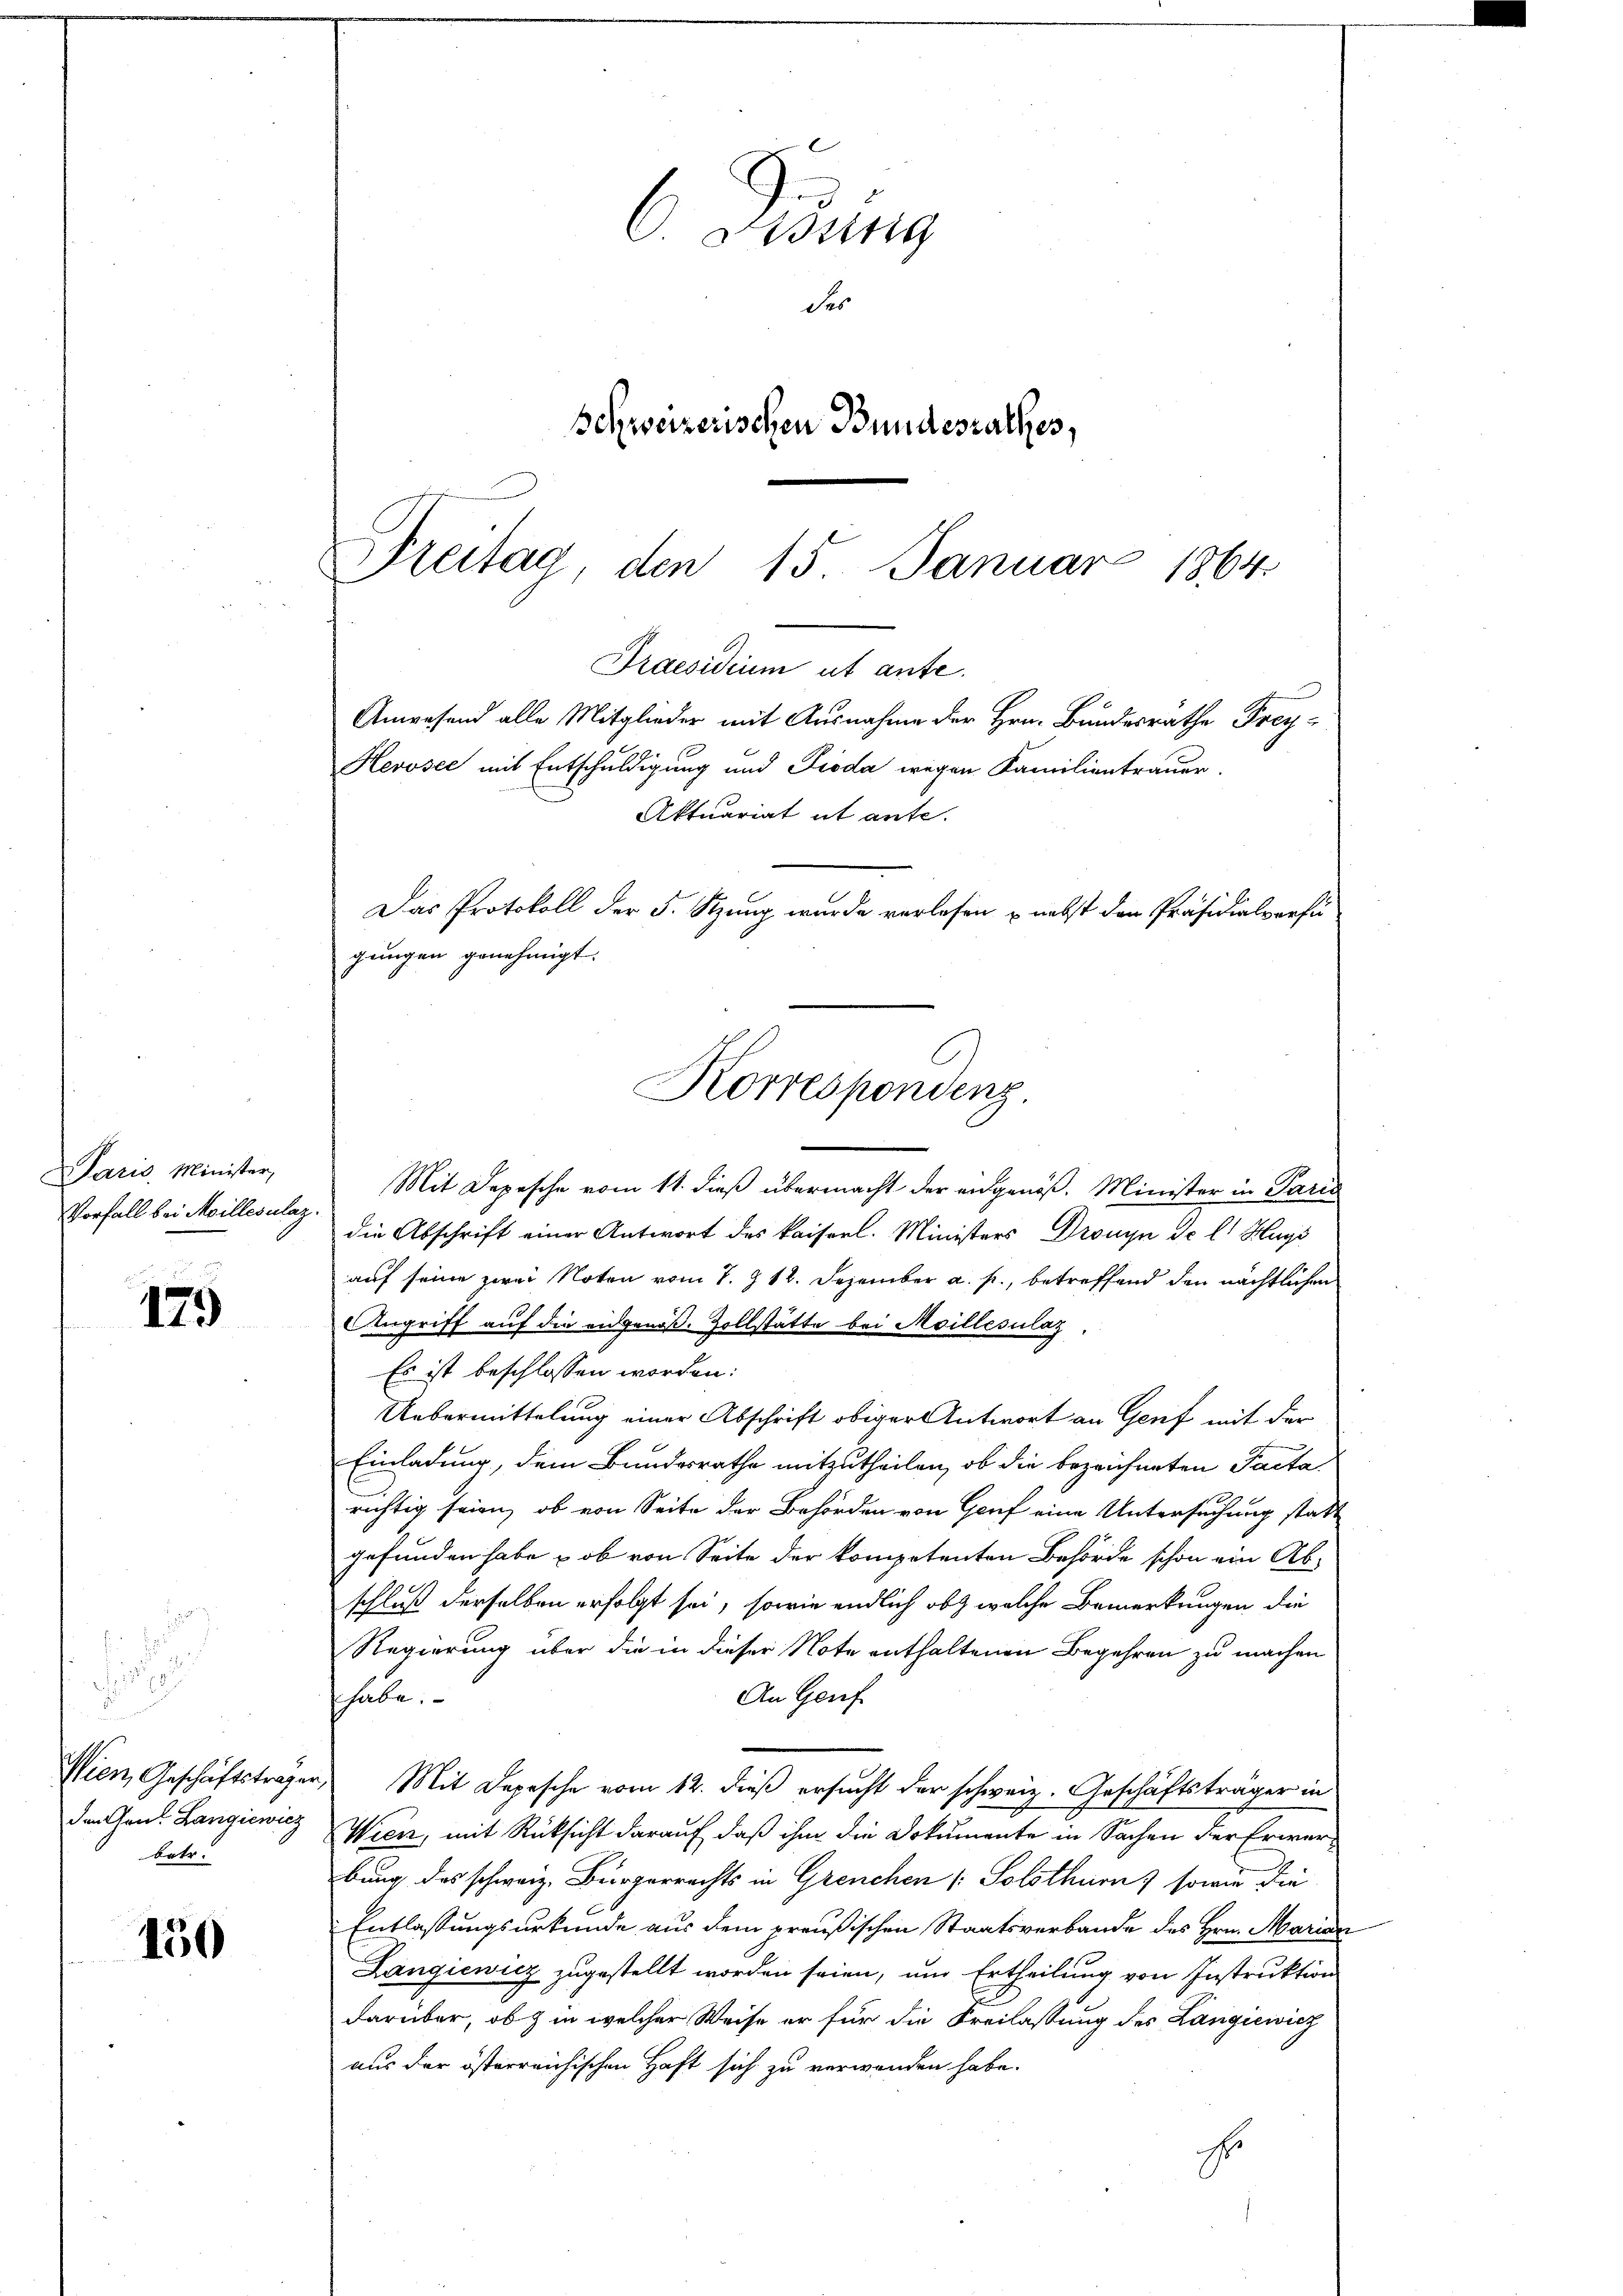
Paris Minister,
Vorfall bei Meillesalaz.

179

betr.

150

Preitag, den 15. Januar 1864
Praesidium ut ante.
Anwesend alle Mitglieder mit Ausnahme der Hrn. Bundesräthe Frey¬
Herosee mit Entschuldigung und Pioda wegen Familientrauer.

Mit Depesche vom 11. dieß übermacht der angenöß. Minister in Paris
die Abschrift einer Antwort des kaiserl. Ministers Drouyn de l. Hugs
auf seine zwei Noten vom 1. Z. 12. Dezember a. p., betreffend den nächtlichen
Angriff auf die eidgenöß. Zollstätte bei Moillésulat
Es ist beschlossen worden:
Uebermittelung einer Abschrift obiger Antwort an Genf mit der
Einladung, dem Bundesrathe mitzutheilen, ob die bezeichneten Pacta
richtig seien, ob von Seite der Behörden von Genf eine Untersuchung statt
gefunden habe u ob von Seite der kompetenten Behörde schon ein Abschluß derselben erfolgt sei, sowie endlich ob welche Bemerkungen die
Regierung über die in dieser Note enthaltenen Begehren zu machen
An Genf
habe.
Wien, Geschäftsträger Mit Depesche vom 12. dieß ersucht der schweiz. Geschäftsträger in
den Grad Langiewicz Wien, mit Rücksicht darauf, daß ihm die Dokumente in Sachen der Erwerbung des schweiz. Bürgerrechts in Grenchen (: Solothurn) sowie die
Entlassungsurkunde aus dem preußischen Staatsverbande des Hrn. Marian
Langiewicz zugestellt worden seien, um Ertheilung von Instruktion
darüber, ob & in welcher Weise er für die Freilassung des Langiewicz
aus der österreichischen Haft sich zu verwenden habe.
s

C. Sessing
des
Schweizerischen Bundesrathes,

Aktuariat it ante.
Das Protokoll der 5. Szung wurde verlesen u. nebst den Präsidialverfügungen genehmigt.
Korrespondenz